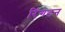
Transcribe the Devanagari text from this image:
रिंगटन